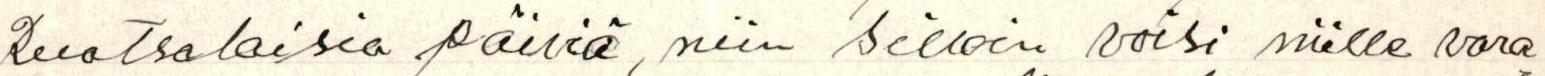
Ruotsalaisia päiviä, niin silloin voisi niille vara